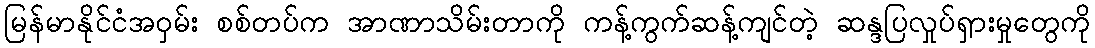
မြန်မာနိုင်ငံအဝှမ်း စစ်တပ်က အာဏာသိမ်းတာကို ကန့်ကွက်ဆန့်ကျင်တဲ့ ဆန္ဒပြလှုပ်ရှားမှုတွေကို